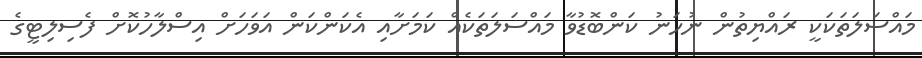
މައްސަލަތަކަކީ ރައްޔިތުން ނުހަނު ކަންބޮޑުވާ މައްސަލަތަކެއް ކަމަށާއި އެކަންކަން އަވަހަށް އިސްލާހުކޮށް ފެސިލިޓީގެ